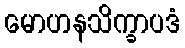
မောဟနသိက္ခာပဒံ